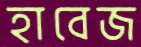
হাবেজ